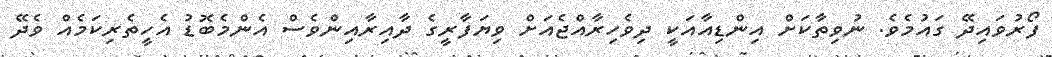
ފޯރުވައިދޭ ގައުމެވެ. ނުވިތާކަށް އިންޑިއާއަކީ ދިވެހިރާއްޖެއަށް ވިޔަފާރީގެ ދާއިރާއިންވެސް އެންމެބޮޑު އެހީތެރިކަމެއް ވެދޭ